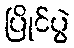
ပြိုင်ပွဲ